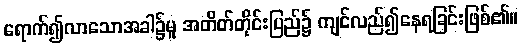
ရောက်၍လာသောအခါ၌မူ အတိတ်တိုင်းပြည်၌ ကျင်လည်၍နေရခြင်းဖြစ်၏။